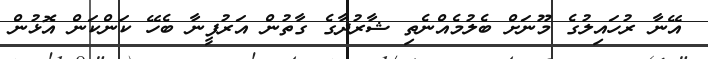
އޭނާ ރުހައިލުގެ މޫނަށް ބެލުމެއްނެތި ޝާރުދާގެ ގާތުން އަރުފީނާ ބެހޭ ކަންކަން އޮޅުން